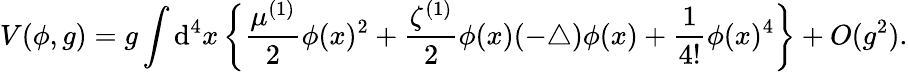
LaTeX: V(\phi,g)=g\int{\mathrm d}^{4}x\left\{ \frac{\mu^{(1)}}{2}\phi(x)^{2}+\frac{\zeta^{(1)}}{2}\phi(x)(-\bigtriangleup)\phi(x)+\frac{1}{4!}\phi(x)^{4}\right\} +O(g^{2}).